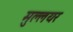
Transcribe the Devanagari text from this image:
मुल्लयर